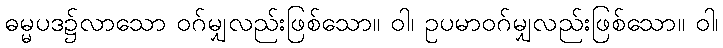
ဓမ္မပဒ၌လာသော ဝဂ်မျှလည်းဖြစ်သော။ ဝါ၊ ဥပမာဝဂ်မျှလည်းဖြစ်သော။ ဝါ၊